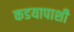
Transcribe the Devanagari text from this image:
कडयापाशी